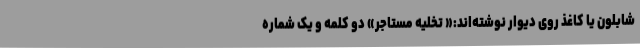
شابلون یا کاغذ روی دیوار نوشته‌اند:« تخلیه مستاجر» دو کلمه و یک شماره